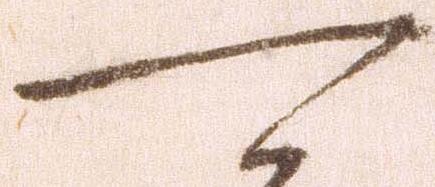
可